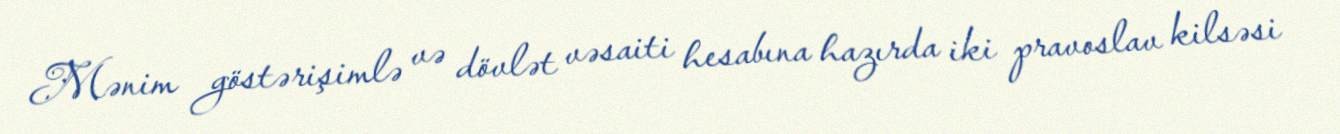
Mənim göstərişimlə və dövlət vəsaiti hesabına hazırda iki pravoslav kilsəsi